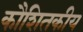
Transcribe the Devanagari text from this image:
कौशितकीय